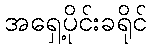
အရှေ့ပိုင်းခရိုင်